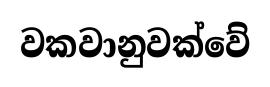
වකවානුවක්වේ